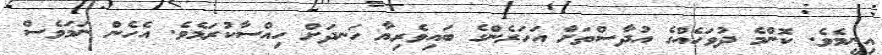
އިނީމެވެ. ކޮންމެ ދުވަހެއްގެ އުދާސްތަށް އަހަރެންގެ ބައިވެރިޔާ ހަނދަށް ހިއްސާކުރަމެވެ. އެހެން ނަމަވެސް